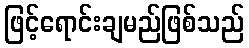
ဖြင့်ရောင်းချမည်ဖြစ်သည်